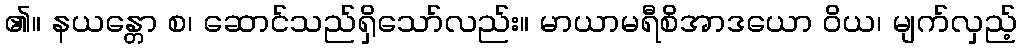
၏။ နယန္တော စ၊ ဆောင်သည်ရှိသော်လည်း။ မာယာမရီစိအာဒယော ဝိယ၊ မျက်လှည့်